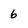
Character: 6